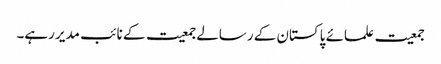
جمعیت علمائے پاکستان کے رسالے جمعیت کے نائب مدیر رہے۔